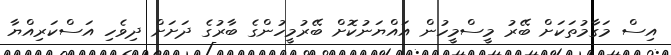
އިސް މަގާމުތަކަށް ބޭރު މީސްމީހުން އައްޔަނުކޮށް ބޭރުމީހުންގެ ބާރުގެ ދަށަށް ދިވެހި އަސްކަރިއްޔާ